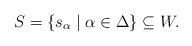
LaTeX: \begin{align*}S = \{s_\alpha\mid\alpha\in \Delta\}\subseteq W.\end{align*}